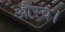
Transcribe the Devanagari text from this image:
औरव।